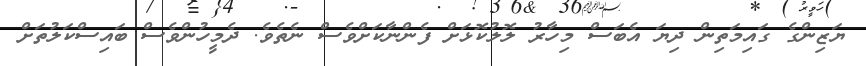
ޔަޒިންގެ ގައިމަތިން ދިޔަ އެބަސް މިހާރު ލޮލުކޮޅަށް ފެންނާކަށްވެސް ނެތެވެ. ދެމީހުންވެސް ބައިސްކަލުތަށް